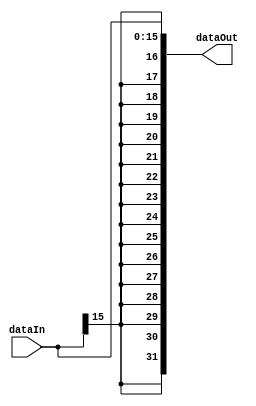
module signExtend #(
    parameter OUTPUT_WIDTH = 32,
    parameter INPUT_WIDTH  = 16
) (
    output wire [OUTPUT_WIDTH-1:0] dataOut,
    input  wire [INPUT_WIDTH-1:0]  dataIn
);

assign dataOut = {{(OUTPUT_WIDTH-INPUT_WIDTH) {dataIn[INPUT_WIDTH-1]}}, dataIn};

endmodule